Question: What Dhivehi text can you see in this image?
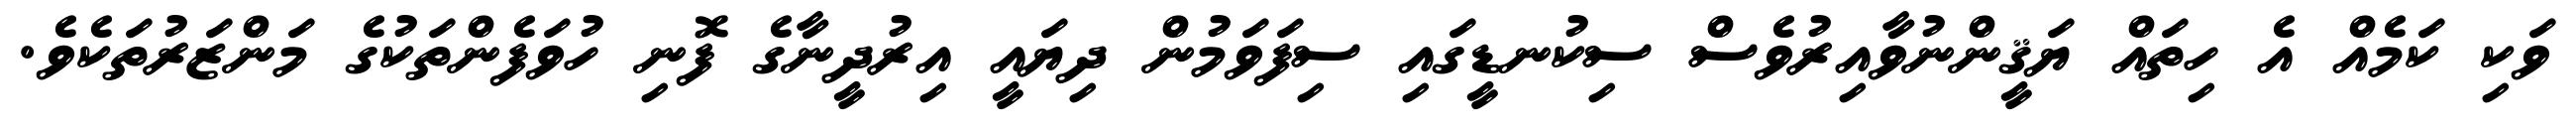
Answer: ވަކި ކަމެއް އެ ހިތައް ޔަޤީންނުވާއިރުވެސް ސިކުނޑީގައި ސިފަވަމުން ދިޔައީ އިރުދީނާގެ ފޮނި ހުވަފެންތަކުގެ މަންޒަރުތަކެވެ.